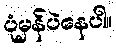
ပုံမှန်ပဲနေပါ။